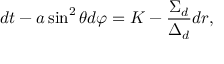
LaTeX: d t - a \sin ^ { 2 } \theta d \varphi = K - \frac { \Sigma _ { d } } { \Delta _ { d } } d r ,